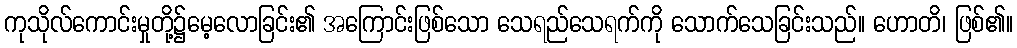
ကုသိုလ်ကောင်းမှုတို့၌မေ့လောခြင်း၏ အကြောင်းဖြစ်သော သေရည်သေရက်ကို သောက်သေခြင်းသည်။ ဟောတိ၊ ဖြစ်၏။